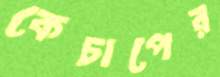
কেচাপের